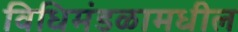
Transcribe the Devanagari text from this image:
विधिमंडळामधील